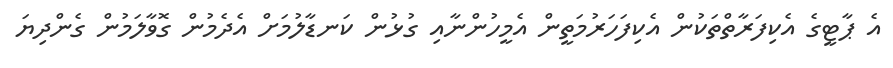
އެ ޕާޓީގެ އެކިފަރާތްތަކުން އެކިފަހަރުމަތީން އެމީހުންނާއި ގުޅުން ކަނޑާލުމަށް އެދެމުން ގޮވާލަމުން ގެންދިޔަ